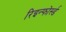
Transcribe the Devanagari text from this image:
रिइन्फोर्स्ड